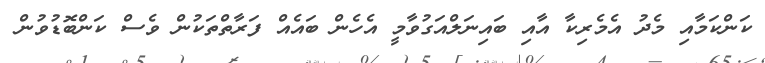
ކަންކަމާއި މެދު އެމެރިކާ އާއި ބައިނަލްއަގުވާމީ އެހެން ބައެއް ފަރާތްތަކުން ވެސް ކަންބޮޑުވުން